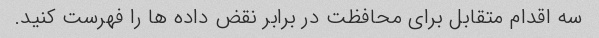
سه اقدام متقابل برای محافظت در برابر نقض داده ها را فهرست کنید.